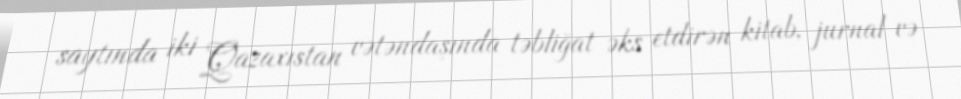
saytında iki Qazaxıstan vətəndaşında təbliğat əks etdirən kitab, jurnal və